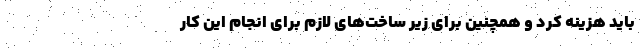
باید هزینه کرد و همچنین برای زیر ساخت‌های لازم برای انجام این کار